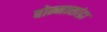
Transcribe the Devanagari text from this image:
बोम्मासांद्रा